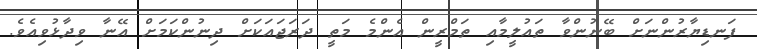
ފަނޑިޔާރުންނަށް ބޭނުންވާ ތައުލީމާއި ތަމްރީން އެންމެ މަތީ ދަރަޖައަކަށް ދިނުންކަމަށް އޭނާ ވިދާޅުވިއެވެ.